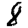
Digit: 8